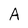
Character: A